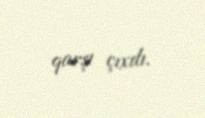
qarşı çıxdı.